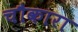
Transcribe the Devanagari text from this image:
चौकारा